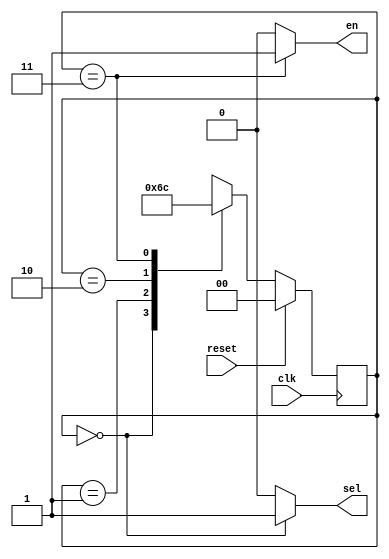
`timescale 1ns / 1ps
//////////////////////////////////////////////////////////////////////////////////
// Company: 
// Engineer: 
// 
// Design Name: 
// Module Name: acc_cltr
// Project Name: 
// Target Devices: 
// Tool Versions: 
// Description: 
// 
// Dependencies: 
// 
// Revision:
// Revision 0.01 - File Created
// Additional Comments:
// 
//////////////////////////////////////////////////////////////////////////////////

module acc_FSM(
    input clk,
    input reset, 
    output sel,
    output en
    );
    
    reg [1:0] n_state, c_state;
    parameter s1 = 2'b00;
    parameter s2 = 2'b01;
    parameter s3 = 2'b10;
    parameter s4 = 2'b11;
    
    always @(posedge clk) begin
     if(reset)
        c_state = s1;
     else
        c_state = n_state;
     end
    
    always @(c_state) begin
        case(c_state)
         s1:n_state = s2;
         s2:n_state = s3;
         s3:n_state = s4;
         s4:n_state = s1;
        endcase
     end 
     
     assign sel = (c_state == s1)? 1'b1 : 1'b0;
     assign en = (c_state == s4)? 1'b1 : 1'b0;
    
endmodule